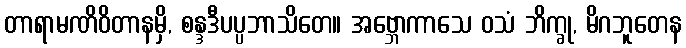
တာရာမဏိဝိတာနမှိ, စန္ဒဒီပပ္ပဘာသိတေ။ အဗ္ဘောကာသေ ဝသံ ဘိက္ခု, မိဂဘူတေန